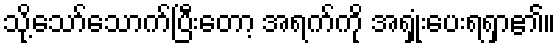
သို့သော်သောက်ပြီးတော့ အရက်ကို အရှုံးပေးရရှာ၏။